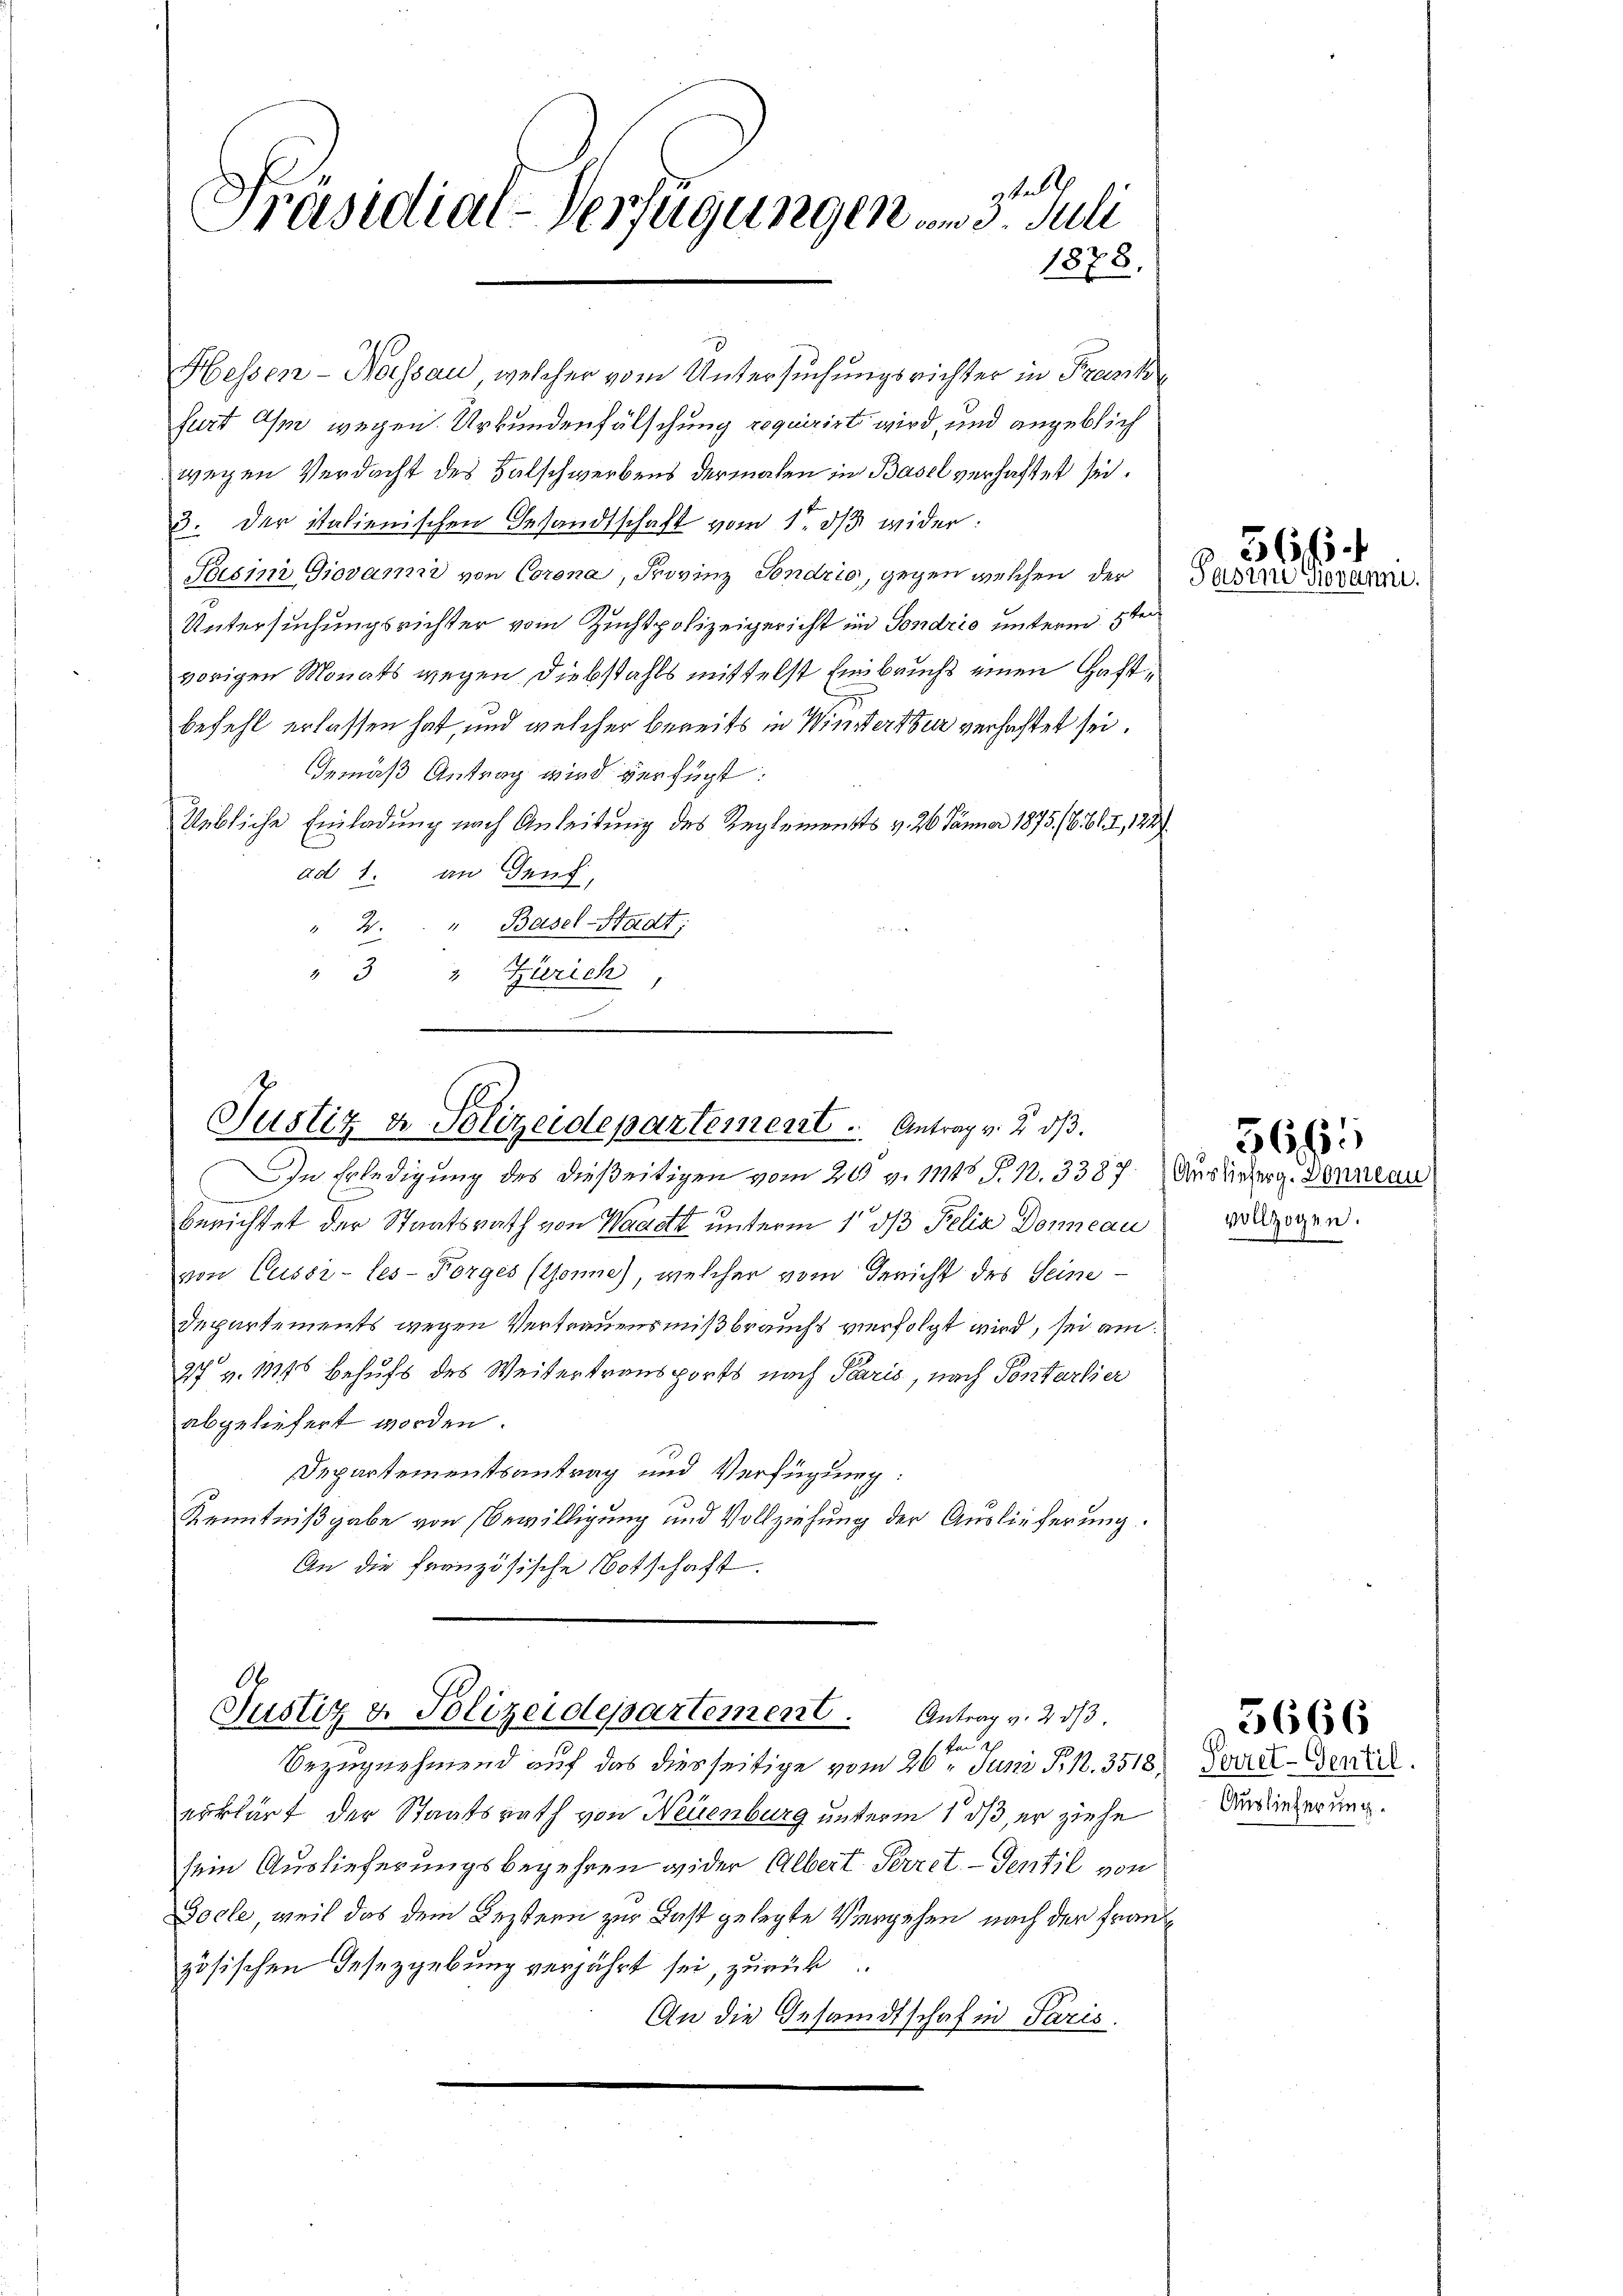
te
Präsidial-Verfügungen vom 3. Juli
1878.

Hessen-Nassau, welcher vom Untersuchungsrichter in Praenk
furt Ihm wegen Urkundenfälschung requirirt wird, und angeblich
wegen Verdacht des Falschwerbens dermalen in Basel verhaftet sei.
3. Der italienischen Gesandtschaft vom 1. dβ wider:
Pasino Giovami von Corona, Frovinz Sondrio, gegen welchen der
Untersuchungsrichter vom Zuchtpolizeigericht in Sondrio unterm 5ten
vorigen Monats wegen Diebstahls mittelst Einbruchs einen Haftbefehl erlassen hat, und welcher bereits in Winterthur verhaftet sei.
Gemäß Antrag wird verfügt:
Uebliche Einladung nach Anleitung des Reglements v. 26. Jänner 1875./6. Bd. I, 122
ad 1. an Genf,
" 2 " Basel-Stadt:
" 3 " Zürich,

Justiz u. Polizeidepartement . . . .   Antrag v. 2. ds.

Departements wegen Vertrauensmißbrauchs verfolgt wird, sei am
27 v. 11845 Behufs des Weitertransports nach Paris, nach Pontartier
abgeliefert worden.
Departementsantrag und Verfügung:
Kenntnißgabe von Bewilligung und Vollziehung der Auslieferung.
An die französische Botschaft

In Erledigung des dießeitigen vom 20. v. 1115 P. 1. 3387. Auslieberg. Sonne au
f
berichtet der Staatsrath von Waadt unterm 1 d Felix Donne au
von Cessi-les-Forges (Sonne), welcher vom Gericht des Seine

Ob
Justiz u. Polizeidepartement. Antrag v. 233.
1sten
Bezugnehmend auf das diesseitige vom 20. Juni d. 12. 3518

erklärt der Staatsrath von Neuenburg unterm 1. ds, er ziehe
sein Auslieferungsbegehren wider Albert Perret. - Sentil von
Docle, weil das dem Leztern zur Last gelegte Vergehen nach der Französischen Gesezgebung verjährt sei, zurück
An die Gesandtschaf in Paris.

366.
Sasen Giovanne

vollzogen.

3661

Perret-Gentil.
Auslieferung.

5666